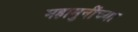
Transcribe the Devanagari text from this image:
महामुनींच्या